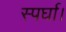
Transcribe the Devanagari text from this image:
स्पर्घा।